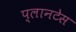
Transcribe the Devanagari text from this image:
प्लानटेस